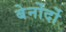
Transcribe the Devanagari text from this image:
बेर्नोर्दो